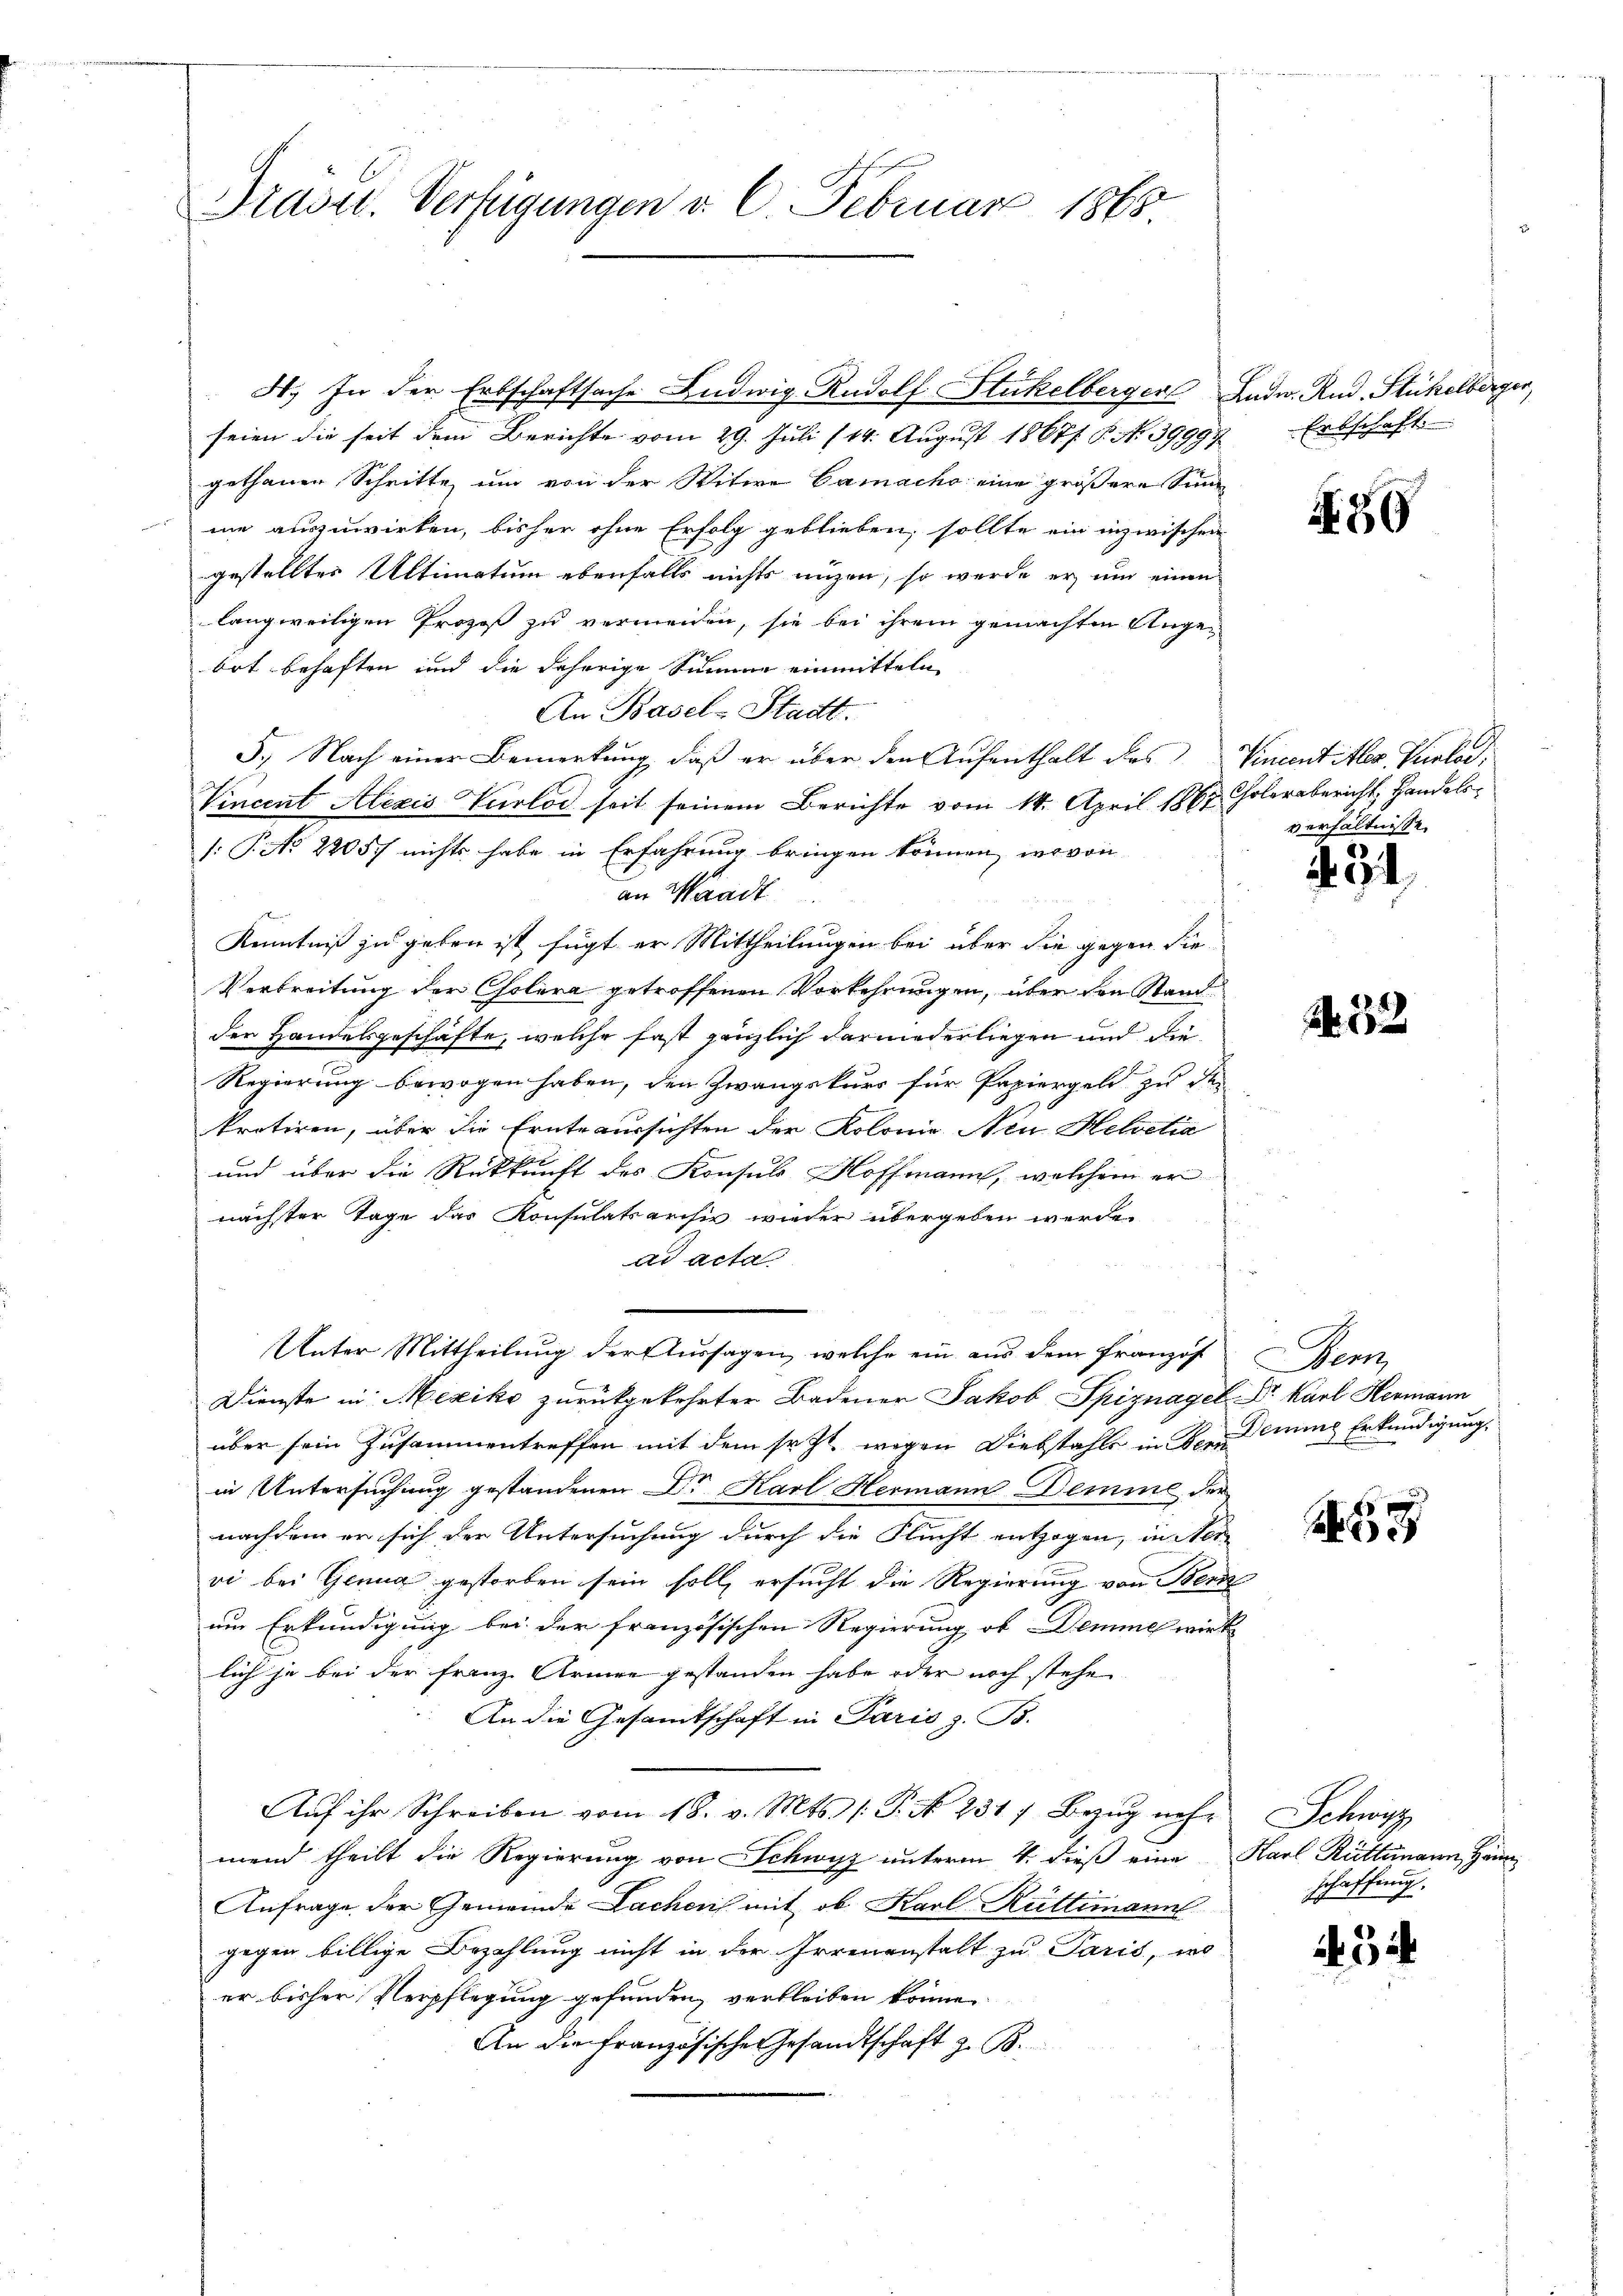
seien die seit dem Berichte vom 29. Juli 114. August 1867/ P. No. 39997
gethanen Schritte um von der Witwe Camache eine größere Sinn
me auszuwirken, bisher ohne Erfolg geblieben, sollte ein inzwischen
gestelltes Ultimatum ebenfalls nichts nuzen, so werde er um einen
langweiligen Prozeß zu vermeiden, sie bei ihrem gemachten Angebot behaften und die daherige Summe einmitteln
An Basel-Stadt.
5.) Nach einer Bemerkung, daß er über den Aufenthalt des
Vincent Alexis Turlod seit seinem Berichte vom 14. April 1867 Cholerabericht, Handels¬
/: P. No 22057 nichts habe in Erfahrung bringen können, wovon
an Waadt
  d
Kenntniß zu geben ist fügt er Mittheilungen bei über die gegen die
Verbreitung der Cholera getroffenen Vorkehrungen, über den Stand
der Handelsgeschäfte, welche fast gänzlich darniederliegen und die
Regierung bewogen haben, den Zwangskurs für Papiergeld zu der
kretiren, über die Ernte aussichten der Kolonie Nin Helvetia
und über die Rückkunft des Konsuls Hoffmann, welchem er
nächster Tage das Konsulatsarchiv wieder übergeben werde.
ad acta.
Unter Mittheilung der Aussagen, welche ein aus dem Französ
Dienste in Mexiko zurückgekehrter Badener Jakob Spiznagel Dr. Karl Hermann
über sein Zusammentreffen mit dem sr. Zt. wegen Diebstahle in Bernemme Erkundigung,
in Untersuchung gestandenen Dr Karl Hermann Demme der
nachdem er sich der Untersuchung durch die Flucht entzogen, in Ner-
oi bei Genua gestorben sein soll, ersucht die Regierung von Bern
um Erkundigung bei der französischen Regierung ob Demme wird
lich je bei der Franz Armee gestanden habe oder noch stehe.
An die Gesamtschaft in Paris z. B.
Auf ihr Schreiben vom 18. v. Mts. (T. N. 231, Bezug mehr
mend theilt die Regierung von Schwyz unterm 4. dieß eine
Anfrage der Gemeinde Lacheris mit ob Karl Rüttimann
gegen billige Bezahlung nicht in der Irrenanstalt zu Paris, wo
er bisher Verpflegung gefunden, verbleiben könne.
An die französische esandtschaft z. B.

Præses. Verfügungen v. 6. Februar 1865.

H. In der Erbschaftsache Ludwig Rudolf Stückelbergerl Ludw. Rud. Stückelberger,

" Erbschaft.

N. 86

Vincent Alex. Verlor.
verhältnisse.

34.

24. 22

Bem,

2

432

Schweiz
Karl Rüttimann, Hänn
schaffung.